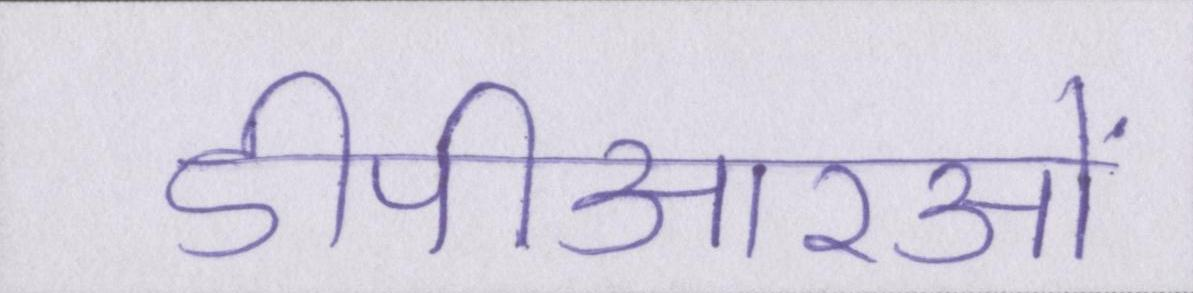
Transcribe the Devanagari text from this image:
डीपीआरओं